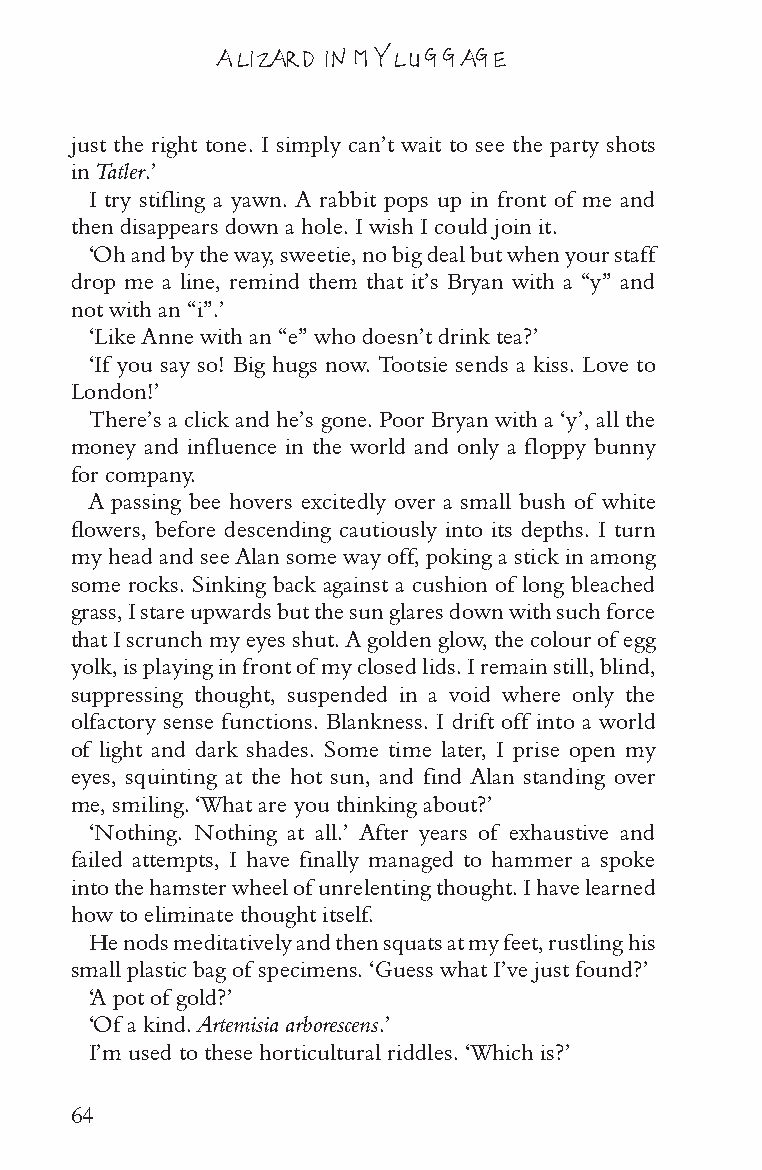
A LIZARD IN MY LUGGAGE
 just the right tone. I simply can’t wait to see the party shots
 in Tatler.’
 I try stifling a yawn. A rabbit pops up in front of me and
 then disappears down a hole. I wish I could join it.
 ‘Oh and by the way, sweetie, no big deal but when your staff
 drop me a line, remind them that it’s Bryan with a “y” and
 not with an “i”.’
 ‘Like Anne with an “e” who doesn’t drink tea?’
 ‘If you say so! Big hugs now. Tootsie sends a kiss. Love to
 London!’
 There’s a click and he’s gone. Poor Bryan with a ‘y’, all the
 money and influence in the world and only a floppy bunny
 for company.
 A passing bee hovers excitedly over a small bush of white
 flowers, before descending cautiously into its depths. I turn
 my head and see Alan some way off, poking a stick in among
 some rocks. Sinking back against a cushion of long bleached
 grass, I stare upwards but the sun glares down with such force
 that I scrunch my eyes shut. A golden glow, the colour of egg
 yolk, is playing in front of my closed lids. I remain still, blind,
 suppressing thought, suspended in a void where only the
 olfactory sense functions. Blankness. I drift off into a world
 of light and dark shades. Some time later, I prise open my
 eyes, squinting at the hot sun, and find Alan standing over
 me, smiling. ‘What are you thinking about?’
 ‘Nothing. Nothing at all.’ After years of exhaustive and
 failed attempts, I have finally managed to hammer a spoke
 into the hamster wheel of unrelenting thought. I have learned
 how to eliminate thought itself.
 He nods meditatively and then squats at my feet, rustling his
 small plastic bag of specimens. ‘Guess what I’ve just found?’
 ‘A pot of gold?’
 ‘Of a kind. Artemisia arborescens.’
 I’m used to these horticultural riddles. ‘Which is?’
 64